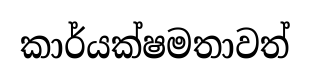
කාර්යක්ෂමතාවත්